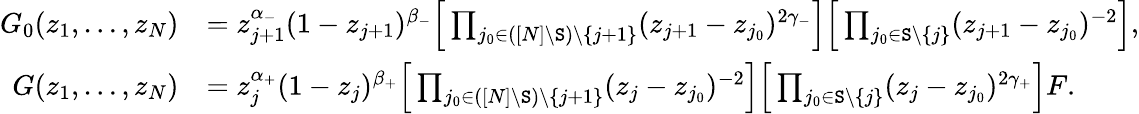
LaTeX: \begin{array}{rl}{G_{0}(z_{1},\ldots,z_{N})}&{=z_{j+1}^{\alpha_{-}}(1-z_{j+1})^{\beta_{-}}\Big[\prod_{j_{0}\in([N]\backslash\mathtt{S})\backslash\{ j+1\} }(z_{j+1}-z_{j_{0}})^{2\gamma_{-}}\Big]\Big[\prod_{j_{0}\in\mathtt{S}\backslash\{ j\} }(z_{j+1}-z_{j_{0}})^{-2}\Big],}\\ {G(z_{1},\ldots,z_{N})}&{=z_{j}^{\alpha_{+}}(1-z_{j})^{\beta_{+}}\Big[\prod_{j_{0}\in([N]\backslash\mathtt{S})\backslash\{ j+1\} }(z_{j}-z_{j_{0}})^{-2}\Big]\Big[\prod_{j_{0}\in\mathtt{S}\backslash\{ j\} }(z_{j}-z_{j_{0}})^{2\gamma_{+}}\Big]F.}\end{array}